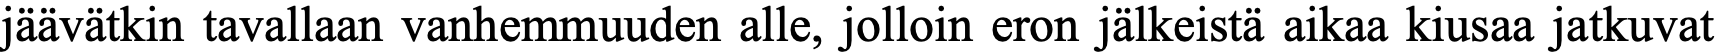
jäävätkin tavallaan vanhemmuuden alle, jolloin eron jälkeistä aikaa kiusaa jatkuvat